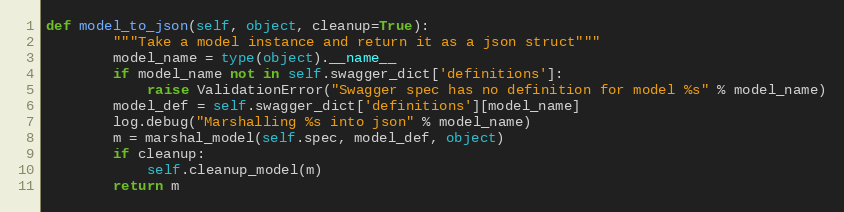
Language: Python
def model_to_json(self, object, cleanup=True):
        """Take a model instance and return it as a json struct"""
        model_name = type(object).__name__
        if model_name not in self.swagger_dict['definitions']:
            raise ValidationError("Swagger spec has no definition for model %s" % model_name)
        model_def = self.swagger_dict['definitions'][model_name]
        log.debug("Marshalling %s into json" % model_name)
        m = marshal_model(self.spec, model_def, object)
        if cleanup:
            self.cleanup_model(m)
        return m